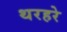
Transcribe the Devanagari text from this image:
थरहरे